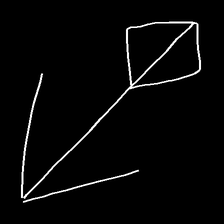
Glyph: focus